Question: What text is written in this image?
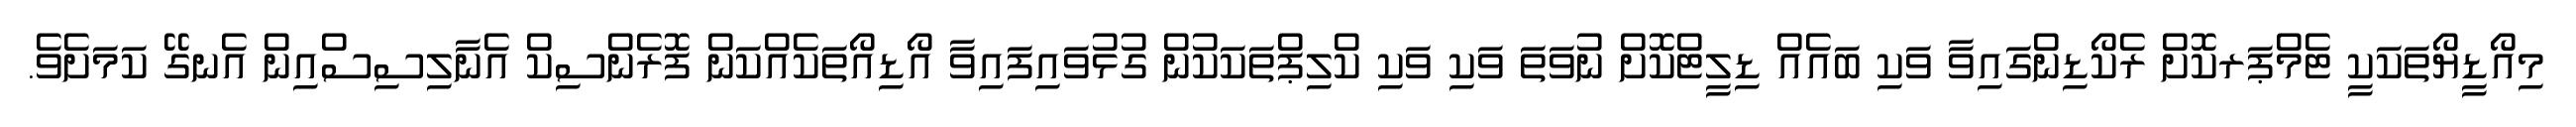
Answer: މިއޯޑީޔޯތަކަކީ ޓެމްޕަރކޮށް ރެކޯޑިންގައިވާ ވަކި ބައެއް ޑިލީޓްކޮށް ނުވަތަ ވަކި ވަކި ކްލިޕްތަކަކުން ގުޅުވައިފައިވާ އޯޑިއޯތަކެއްކަން ފޮރެންސިކް އެނާލިސިސްއިން އެނގޭ ކަމަށެވެ.